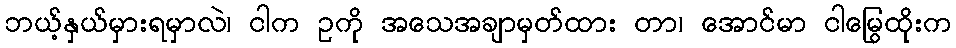
ဘယ့်နှယ်မှားရမှာလဲ၊ ငါက ဥကို အသေအချာမှတ်ထား တာ၊ အောင်မာ ငါမြွေထိုးက